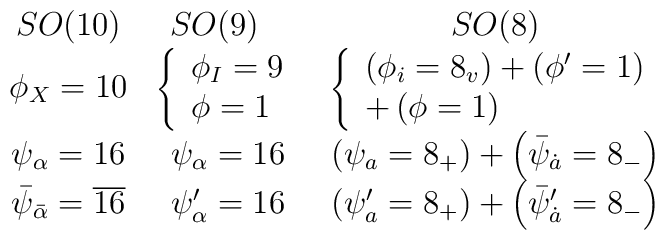
\begin{array}{ccc}SO(10) & SO(9)\begin{array}{l}\\\end{array}& SO(8) \\\phi _X=10 & \left\{\begin{array}{l}\phi _I=9 \\\phi =1\end{array}\right. & \left\{\begin{array}{l}\left( \phi _i=8_v\right) +\left( \phi ^{\prime }=1\right) \\+\left( \phi =1\right)\end{array}\right. \\\psi _\alpha =16 & \psi _\alpha =16 & \left( \psi _a=8_{+}\right) +\left(\bar \psi _{\dot a}=8_{-}\right) \\\bar \psi _{\bar \alpha }=\overline{16} & \psi _\alpha ^{\prime }=16 &\left( \psi _a^{\prime }=8_{+}\right) +\left( \bar \psi _{\dot a}^{\prime}=8_{-}\right)\end{array}